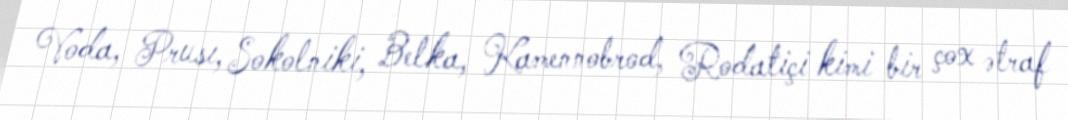
Voda, Prusı, Sokolniki, Belka, Kamennobrod, Rodatiçi kimi bir çox ətraf